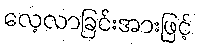
လေ့လာခြင်းအားဖြင့်